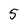
Character: 5